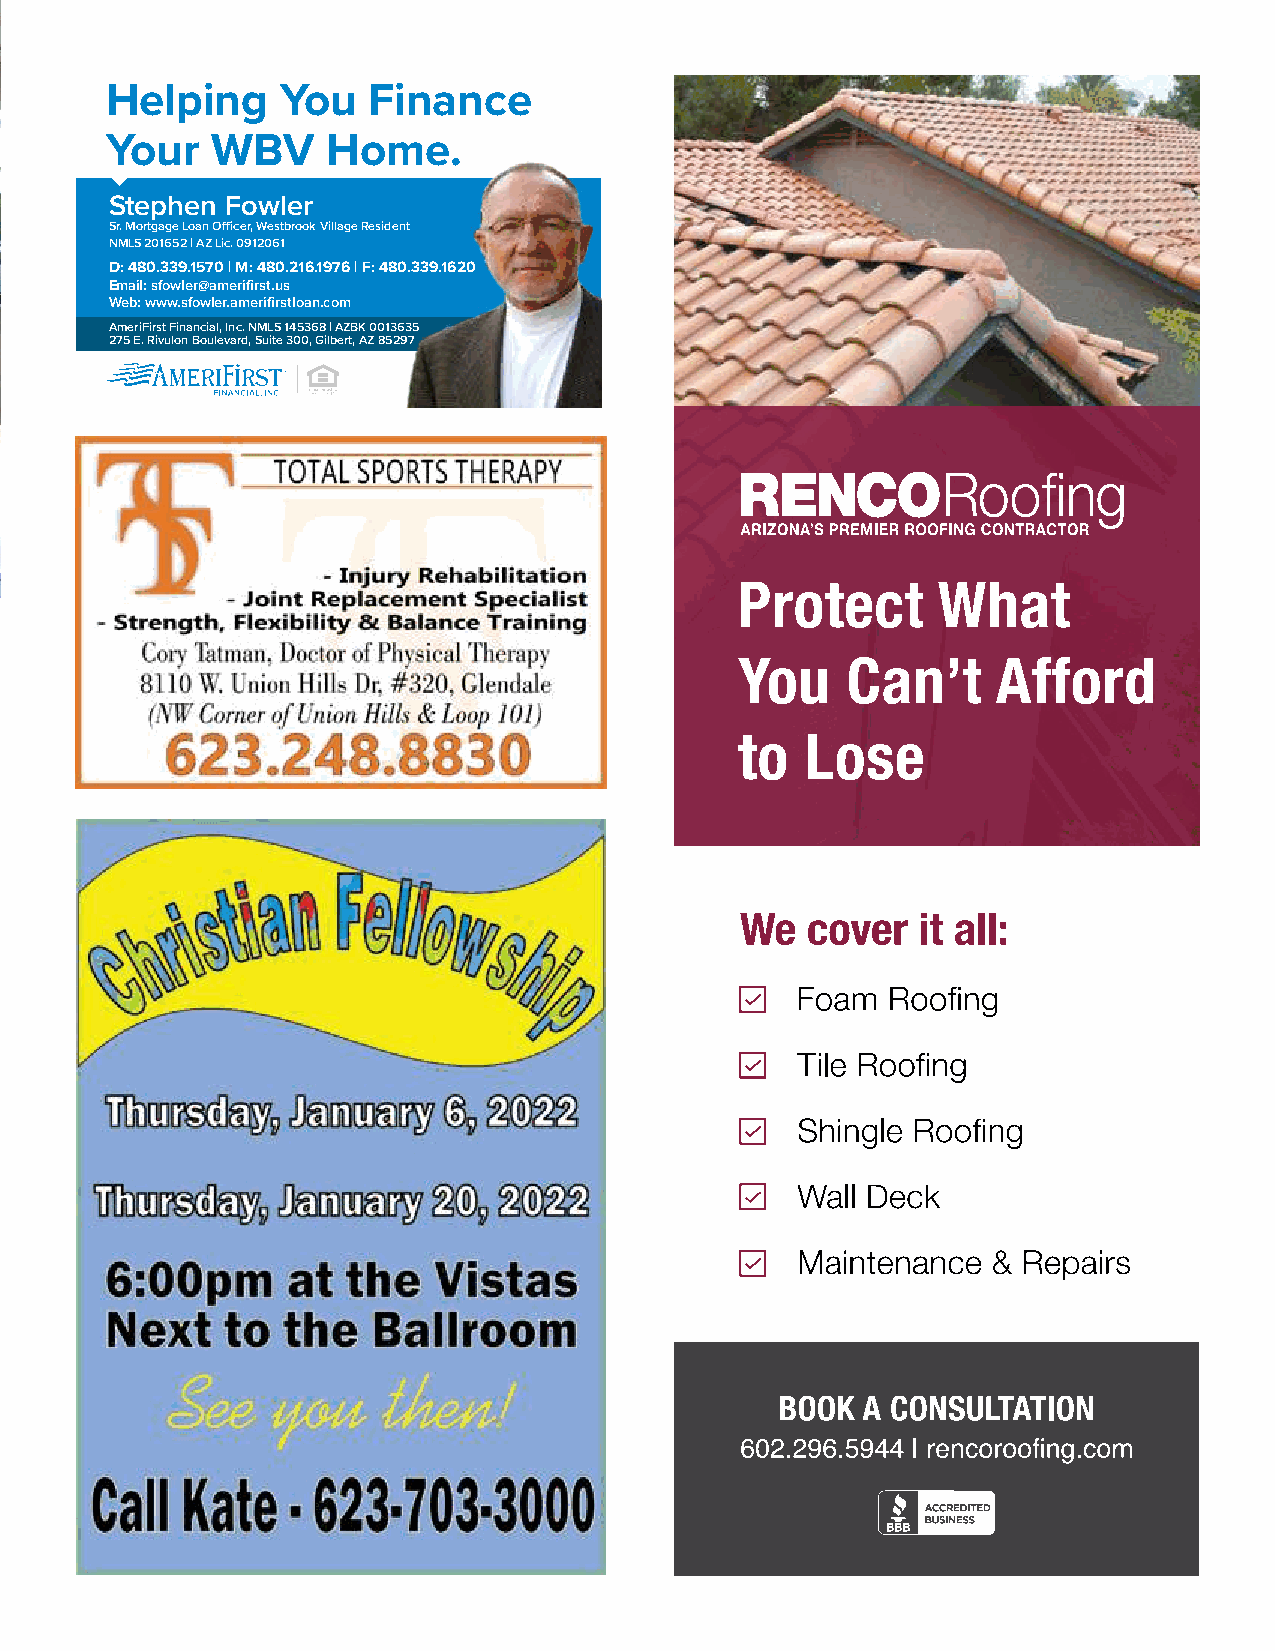
Helping     You  Finance
 Your   WBV     Home.
 Stephen Fowler
 Sr. Mortgage Loan Officer, Westbrook Village Resident
 NMLS 201652 | AZ Lic. 0912061
 D: 480.339.1570 | M: 480.216.1976 | F: 480.339.1620
 Email: sfowler@amerifirst.us
 Web: www.sfowler.amerifirstloan.com
 AmeriFirst Financial, Inc. NMLS 145368 | AZBK 0013635
 275 E. Rivulon Boulevard, Suite 300, Gilbert, AZ 85297